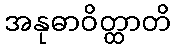
အနုဓာဝိတ္ထာတိ